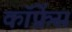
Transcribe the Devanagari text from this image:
कॉफ्रेंस